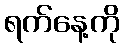
ရက်နေ့ကို